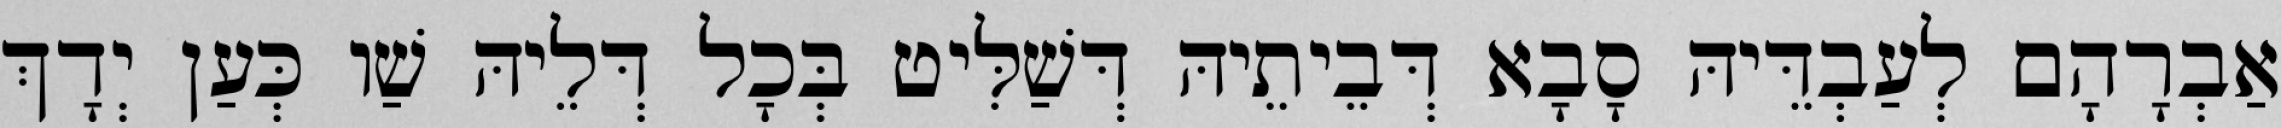
אַבְרָהָם לְעַבְדֵּיהּ סָבָא דְּבֵיתֵיהּ דְּשַׁלִּיט בְּכָל דְּלֵיהּ שַׁו כְּעַן יְדָךְ